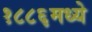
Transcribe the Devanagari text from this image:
१८८६मध्ये